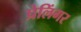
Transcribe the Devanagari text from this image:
प्रेलिंगर